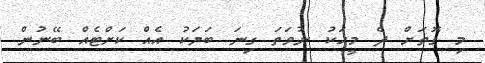
މި ގޮތަށް ދެ މީހަކު ނުވަތަ ގިނަ ބަޔަކު އެއް ކަށްޓެއް ބޭނުން